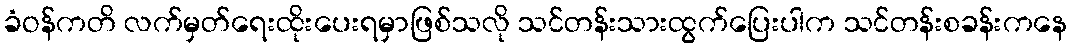
ခံဝန်ကတိ လက်မှတ်ရေးထိုးပေးရမှာဖြစ်သလို သင်တန်းသားထွက်ပြေးပါက သင်တန်းစခန်းကနေ